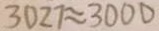
3 0 2 7 \approx 3 0 0 0